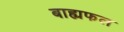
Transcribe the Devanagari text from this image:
बाह्यफल